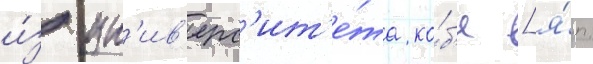
и́з ун'ив'ерс'ит'е́та ко́б'е [я́п.